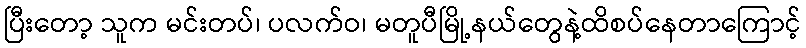
ပြီးတော့ သူက မင်းတပ်၊ ပလက်ဝ၊ မတူပီမြို့နယ်တွေနဲ့ထိစပ်နေတာကြောင့်